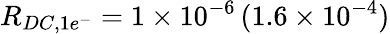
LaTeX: R_{DC,1e^{-}}=1\times 10^{-6}\, (1.6\times 10^{-4})